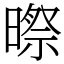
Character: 暩